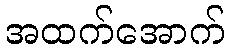
အထက်အောက်